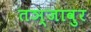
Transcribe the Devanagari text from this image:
तञ्जावुर